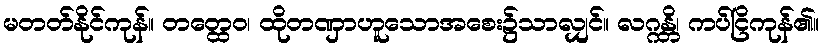
မတတ်နိုင်ကုန်။ တတ္ထေဝ၊ ထိုတဏှာဟူသောအစေး၌သာလျှင်။ လဂ္ဂန္တိ၊ ကပ်ငြိကုန်၏။